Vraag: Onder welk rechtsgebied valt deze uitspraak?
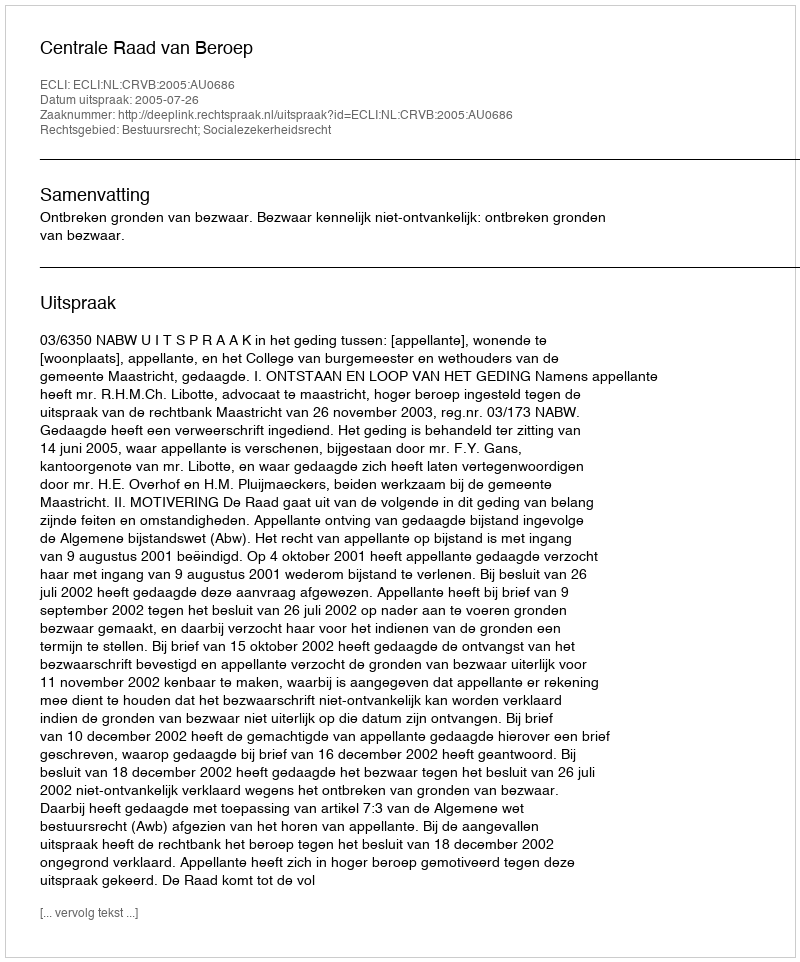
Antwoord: Bestuursrecht; Socialezekerheidsrecht